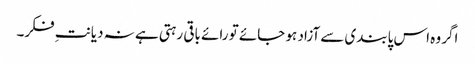
اگر وہ اس پابندی سے آزاد ہو جائے تو رائے باقی رہتی ہے نہ دیانتِ فکر۔